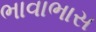
ભાવાભાસ